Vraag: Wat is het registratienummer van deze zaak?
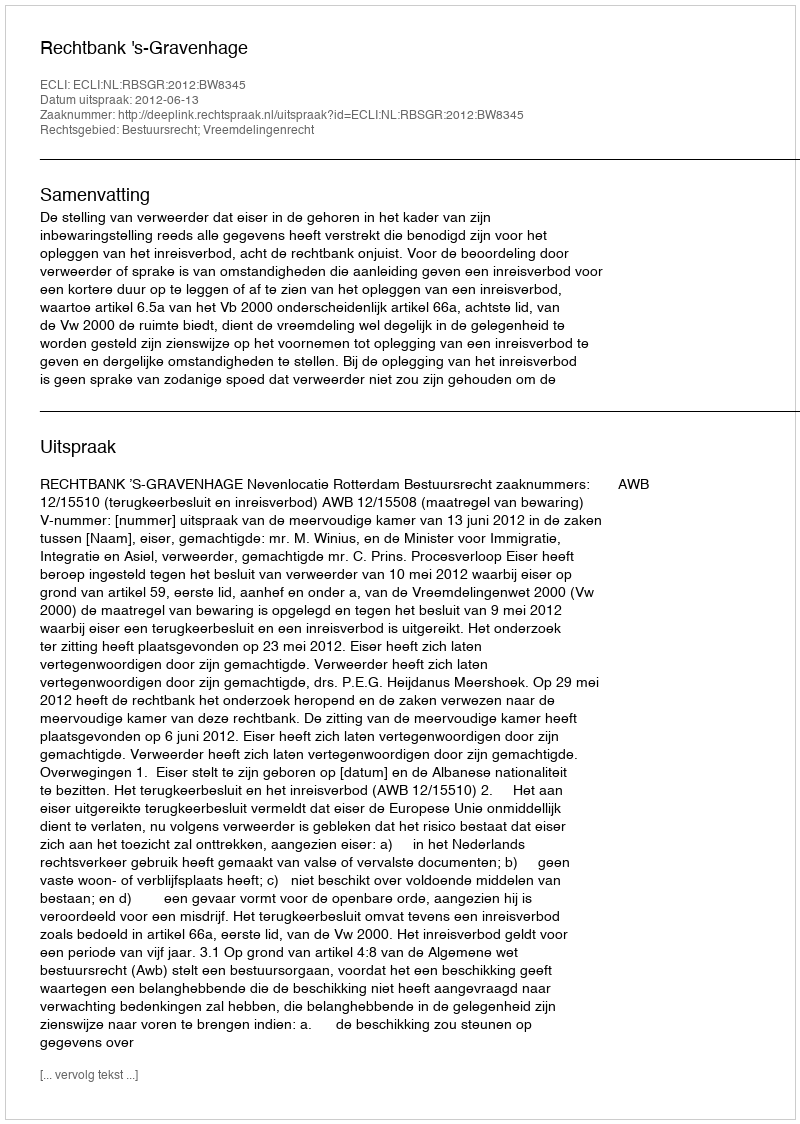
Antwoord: http://deeplink.rechtspraak.nl/uitspraak?id=ECLI:NL:RBSGR:2012:BW8345